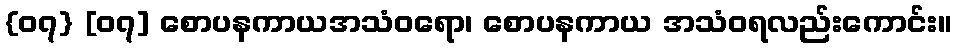
{၀၇} [၀၇] စောပနကာယအသံဝရော၊ စောပနကာယ အသံဝရလည်းကောင်း။